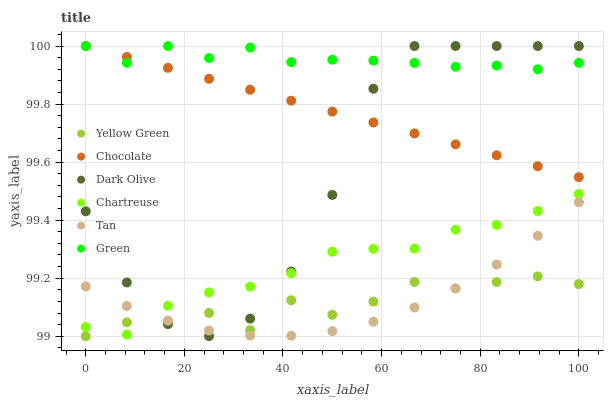
| xaxis_label | Yellow Green | Chocolate | Dark Olive | Chartreuse | Tan | Green |
 | --- | --- | --- | --- | --- | --- | --- |
 | 0 | 99 | 100 | 99.4 | 99 | 99.2 | 100 |
 | 8.33 | 99 | 100 | 99.2 | 99 | 99.1 | 99.9 |
 | 16.7 | 99.1 | 99.9 | 99 | 99.1 | 99.1 | 100 |
 | 25 | 99.1 | 99.9 | 99 | 99.2 | 99 | 100 |
 | 33.3 | 99 | 99.8 | 99.1 | 99.2 | 99 | 100 |
 | 41.7 | 99.1 | 99.8 | 99.2 | 99.2 | 99 | 99.9 |
 | 50 | 99.1 | 99.8 | 99.5 | 99.3 | 99 | 100 |
 | 58.3 | 99.1 | 99.7 | 99.9 | 99.3 | 99.1 | 99.9 |
 | 66.7 | 99.2 | 99.7 | 100 | 99.3 | 99.1 | 99.9 |
 | 75 | 99.2 | 99.7 | 100 | 99.4 | 99.2 | 99.9 |
 | 83.3 | 99.2 | 99.6 | 100 | 99.4 | 99.2 | 99.9 |
 | 91.7 | 99.2 | 99.6 | 100 | 99.4 | 99.3 | 99.9 |
 | 100 | 99.2 | 99.5 | 100 | 99.5 | 99.5 | 99.9 |